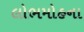
લોભમોહના